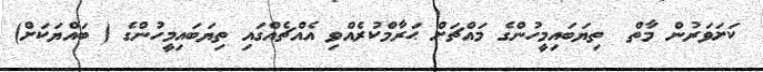
ކަށަވަރުން މާތް  ތިޔަބައިމީހުންގެ މައްޗަށް ޙަރާމްކުރެއްވި އެއްޗެއްގައި ތިޔަބައިމީހުންގެ ( ބައްޔަކަށް)